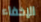
الإخفاء